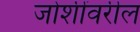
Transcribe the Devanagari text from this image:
जोशींवरील